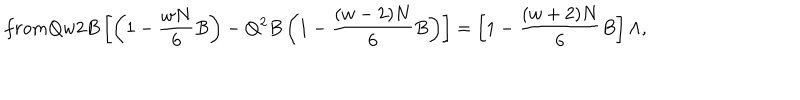
LaTeX: f r o m Q w 2 B \left[ \left( 1 - \frac { w N } { 6 } B \right) - Q ^ { 2 } B \left( 1 - \frac { ( w - 2 ) N } { 6 } B \right) \right] = \left[ 1 - \frac { ( w + 2 ) N } { 6 } B \right] \Lambda ,